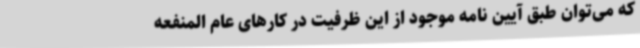
که می‌توان طبق آیین نامه موجود از این ظرفیت در کارهای عام المنفعه